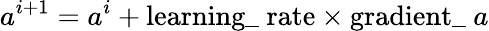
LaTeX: a^{i+1}=a^{i}+\textrm{learning\_ rate}\times\textrm{gradient\_ }a